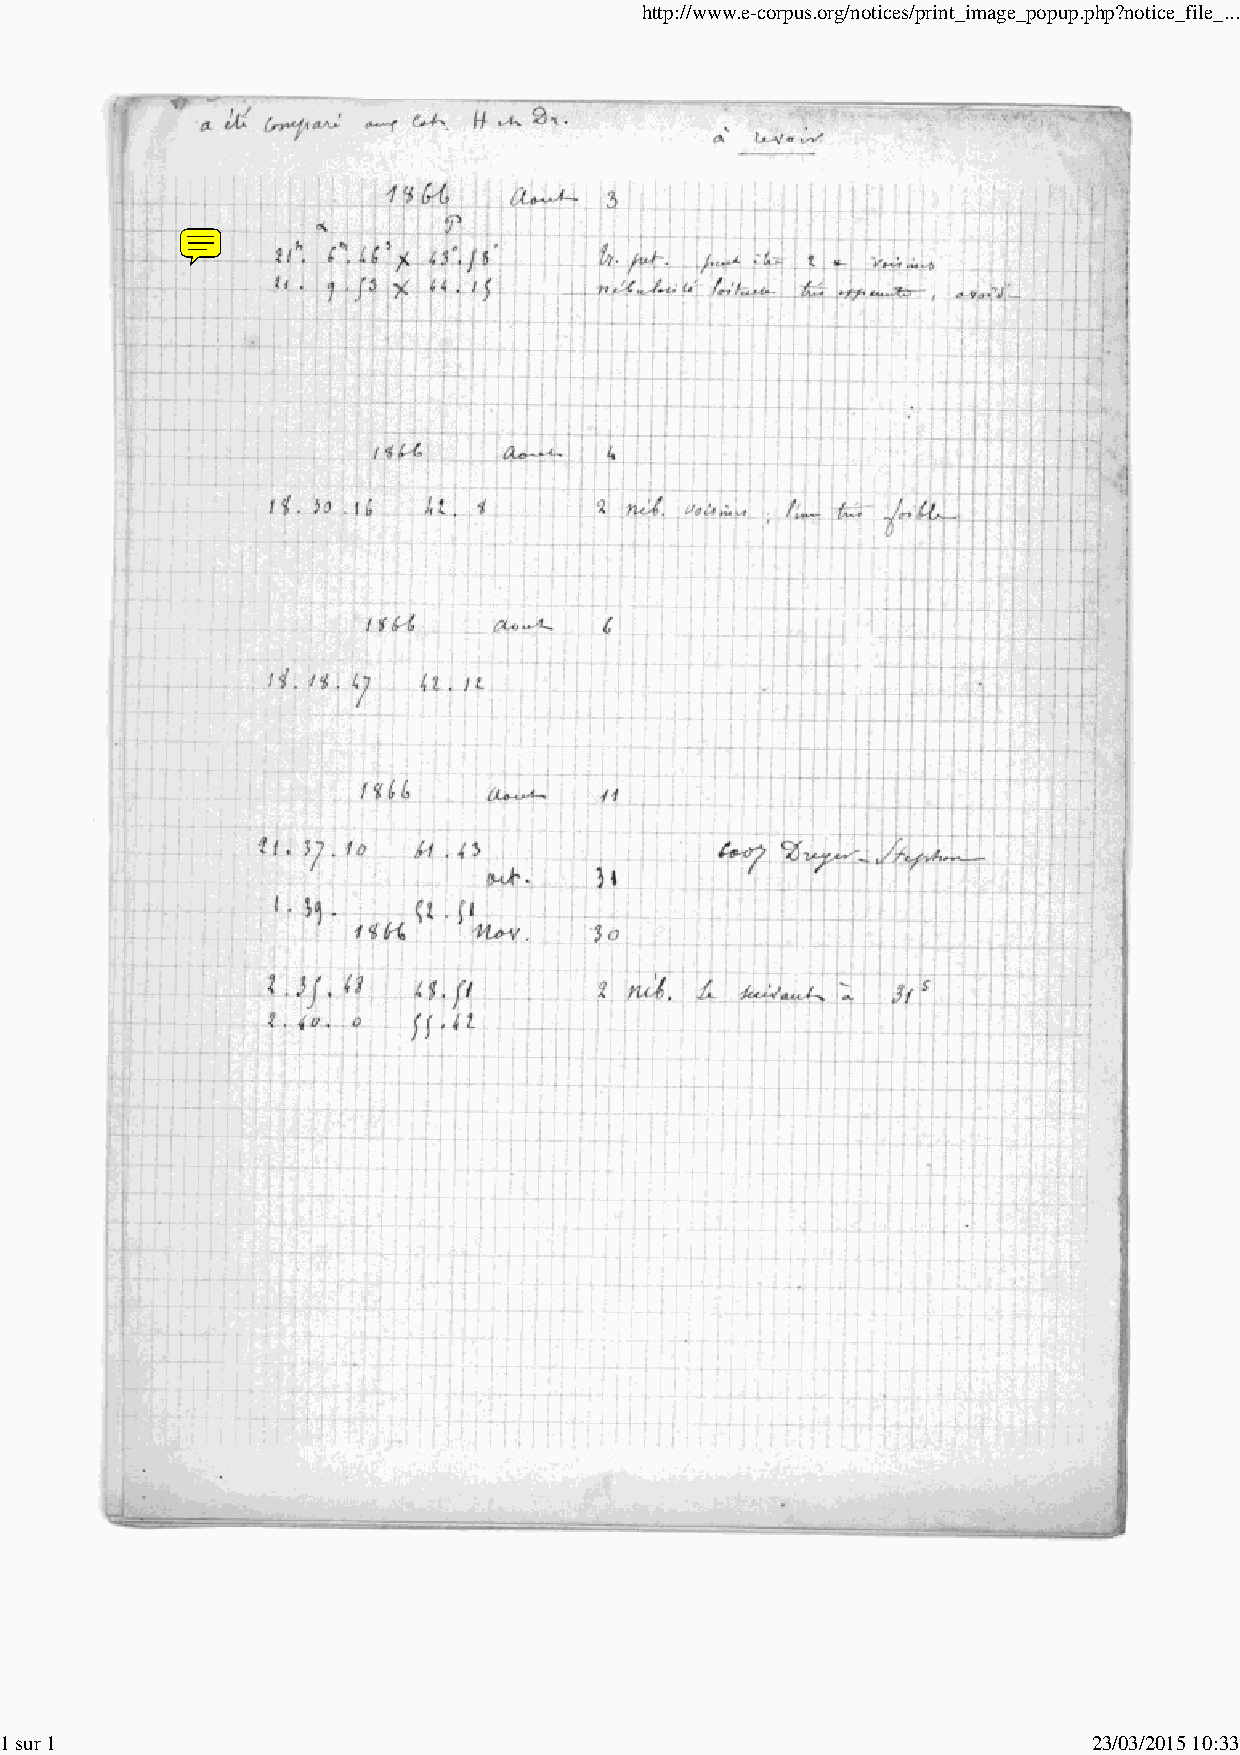
http://www.e-corpus.org/notices/print_image_popup.php?notice_file_...
 1 sur 1                                                                 23/03/2015 10:33